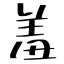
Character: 羞